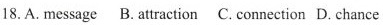
18. A. message B. attraction C. connection D. chance